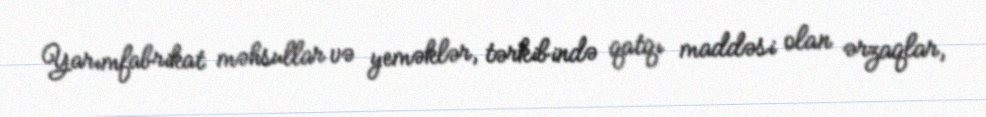
Yarımfabrikat məhsullar və yeməklər, tərkibində qatqı maddəsi olan ərzaqlar,